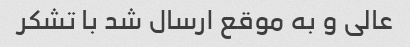
عالی و به موقع ارسال شد با تشکر